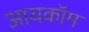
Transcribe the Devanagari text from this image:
आयकॉम